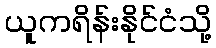
ယူကရိန်းနိုင်ငံသို့